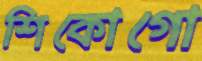
শিকোগো